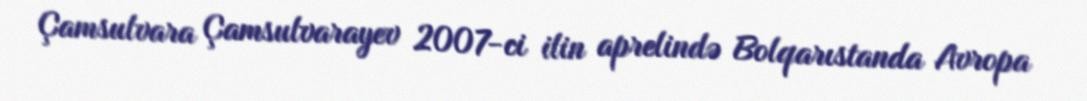
Çamsulvara Çamsulvarayev 2007-ci ilin aprelində Bolqarıstanda Avropa